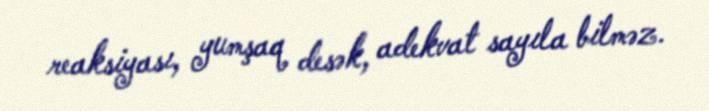
reaksiyası, yumşaq desək, adekvat sayıla bilməz.